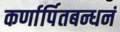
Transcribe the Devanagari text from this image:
कर्णार्पितबन्धनं